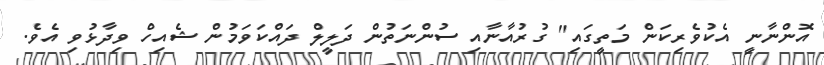
އޮންނާނީ އެކުވެރިކަން މަތީގައި" ގުރުއާނާއި ސުންނަތުން ދަލީލް ދައްކަވަމުން ޝެއިހް ވިދާޅުވި އެވެ.